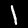
Label: 1